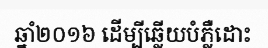
ឆ្នាំ២០១៦ ដើម្បីឆ្លើយបំភ្លឺដោះ